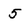
Character: 5